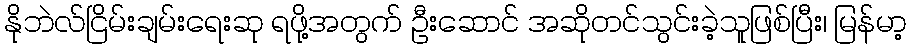
နိုဘဲလ်ငြိမ်းချမ်းရေးဆု ရဖို့အတွက် ဦးဆောင် အဆိုတင်သွင်းခဲ့သူဖြစ်ပြီး၊ မြန်မာ့